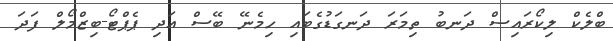
ބްލެކް ލިކޯރައިސް ދަނބު ތިމަރަ ދަނގަޑުގެބައި ހިމެނޭ ބޭސް އަދި ޕެޕްޓޯ-ބިޒްމޯލް ފަދަ